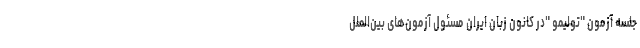
جلسه آزمون "تولیمو "در کانون زبان ایران مسئول آزمون‌های بین‌الملل